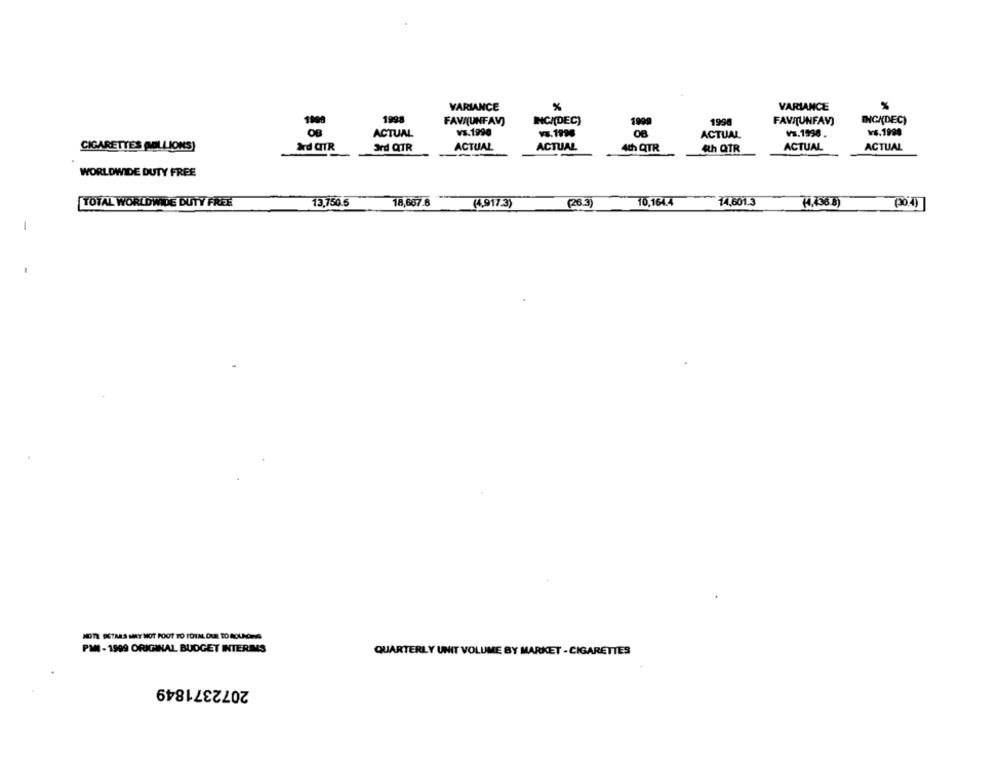
VARIANCE
VARIANCE
%
1998
FAVAUNFAV)
INCA(DEC)
1998
FAVI[UNFAV)
INGA(DEC)
1900
OB
ACTUAL
Vs.1990
13.1998
ACTUAL
va.1998.
vs.1998
ACTUAL
ACTUAL
CIGARETTES GALLIONS}
3rd GTR
3rd QTR
4th QTR
th QTR
ACTUAL
ACTUAL
WORLDWIDE DUTY FREE
TOTAL WORLDWIDE DUTY FREE
13,750.5
18,667.6 **
(4,917.3)
(26.3)
10,164.4 14,601.3
(4,456.8)
(30.4)
MOTE DETMAS MEY MOT POOT TO TOTAL DUE TO ROUNDING
PM -1999 ORIGINAL BUDGET INTERIMS
QUARTERLY UNIT VOLUME BY MARKET - CIGARETTES
2072371849